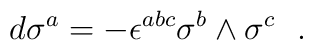
d\sigma^a = -\epsilon^{abc} \sigma^b\wedge \sigma^c~~.